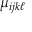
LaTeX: \mu _ { i j k \ell }